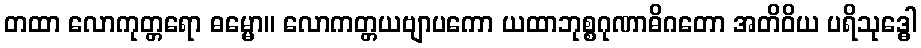
တထာ လောကုတ္တရော ဓမ္မော။ လောကတ္တယဗျာပကော ယထာဘုစ္စဂုဏာဓိဂတော အတိဝိယ ပရိသုဒ္ဓေါ